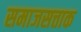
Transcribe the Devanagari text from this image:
समाजसत्ताक